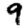
Digit: 9